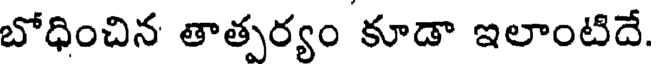
బోధించిన తాత్పర్యం కూడా ఇలాంటిదే.